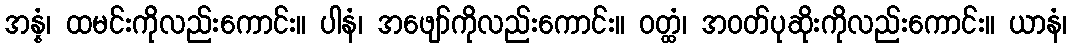
အန္နံ၊ ထမင်းကိုလည်းကောင်း။ ပါနံ၊ အဖျော်ကိုလည်းကောင်း။ ဝတ္ထံ၊ အဝတ်ပုဆိုးကိုလည်းကောင်း။ ယာနံ၊